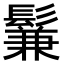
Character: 鬑